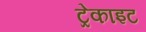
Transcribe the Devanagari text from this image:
ट्रेकाइट